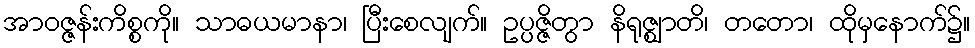
အာဝဇ္ဇန်းကိစ္စကို။ သာဓယမာနာ၊ ပြီးစေလျက်။ ဥပ္ပဇ္ဇိတွာ နိရုဇ္ဈာတိ၊ တတော၊ ထိုမှနောက်၌။